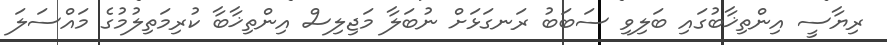
ރިޔާސީ އިންތިޚާބުގައި ބަލިވި ސަބަބު ރަނގަޅަށް ނުބަލާ މަޖިލިސް އިންތިޚާބާ ކުރިމަތިލުމުގެ މައްސަލަ